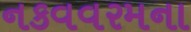
નકવવરમના